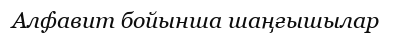
Алфавит бойынша шаңғышылар